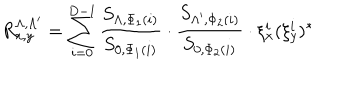
R _ { x , y } ^ { \Lambda , \Lambda ^ { \prime } } = \sum _ { i = 0 } ^ { D - 1 } \frac { S _ { \Lambda , \Phi _ { 1 } ( i ) } } { S _ { 0 , \Phi _ { 1 } ( i ) } } \cdot \frac { S _ { \Lambda ^ { \prime } , \Phi _ { 2 } ( i ) } } { S _ { 0 , \Phi _ { 2 } ( i ) } } \cdot \xi _ { x } ^ { i } ( \xi _ { y } ^ { i } ) ^ { * }